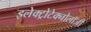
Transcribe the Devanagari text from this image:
इलेक्ट्रोटेक्नोलॉजी